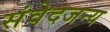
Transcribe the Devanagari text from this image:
संवेदजन्य